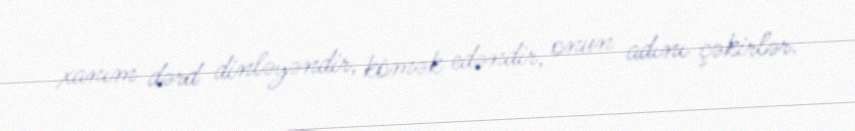
xanım dərd dinləyəndir, kömək edəndir, onun adını çəkirlər.